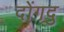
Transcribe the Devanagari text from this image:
दोंगदु